Insane asylums Bombay 1873-77 - 1873-1877
Year: 1873
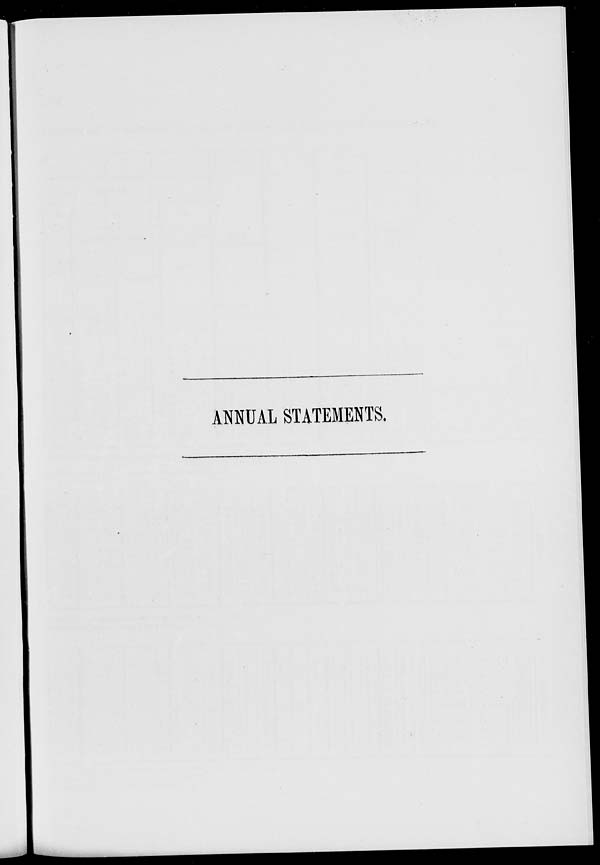
ANNUAL STATEMENTS.